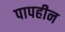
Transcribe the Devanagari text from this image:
पापहीन